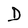
Character: D